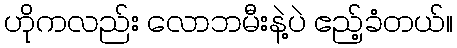
ဟိုကလည်း လောဘမီးနဲ့ပဲ ဧည့်ခံတယ်။